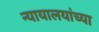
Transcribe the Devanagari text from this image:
न्यायालयांच्या